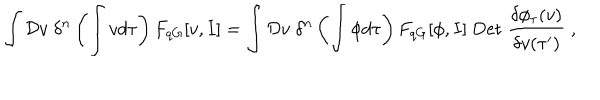
LaTeX: \int { \cal D } v \; \delta ^ { n } \left( \int v d \tau \right) F _ { q G } [ v , I ] = \int { \cal D } v \; \delta ^ { n } \left( \int \phi d \tau \right) F _ { q G } [ \phi , I ] \; \mathrm { D e t } \; \frac { \delta \phi _ { \tau } ( v ) } { \delta v ( \tau ^ { \prime } ) } \; ,